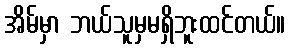
အိမ်မှာ ဘယ်သူမှမရှိဘူးထင်တယ်။